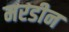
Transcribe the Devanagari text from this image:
मरडीन